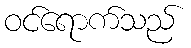
ဝင်ရောက်သည်